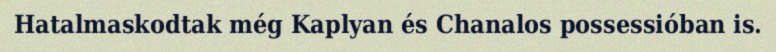
Hatalmaskodtak még Kaplyan és Chanalos possessióban is.